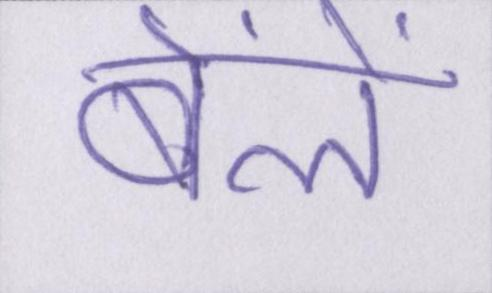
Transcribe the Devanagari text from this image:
बेंलें